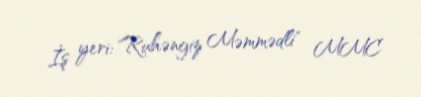
İş yeri: "Ruhəngiz Məmmədli" MMC